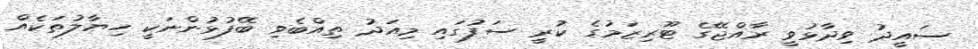
ސައީދު ވިދާޅުވީ ރާއްޖޭގެ ޓޫރިޒަމުގެ ކުރީ ސަފުގައި މިއަދު ތިއްބެވި ބޭފުޅުންނަކީ ހިޔާލުތަކެއް